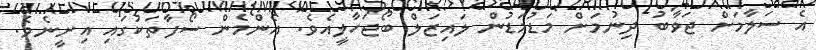
އެ ސަލާމަށް ޖަވާބު ދިނުމަށް މަޑުމަޑުން ލައިޒަލް ބޯޖަހާލީއެވެ. އެންމެން ސޯފާތަކުގައި އިށީނެވެ.